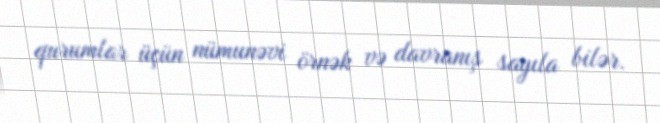
qurumlar üçün nümunəvi örnək və davranış sayıla bilər.